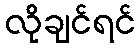
လိုချင်ရင်